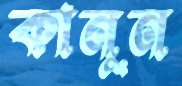
কানুন